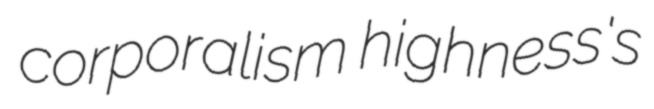
corporalism highness's